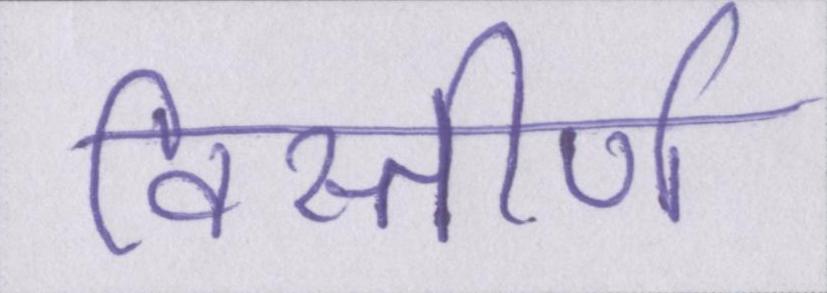
विस्तीर्ण